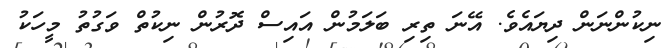
ނިކުންނަން ދިޔައެވެ. އޭނަ ތިރި ބަލަމުން އައިސް ދޮރުން ނިކުތް ވަގުތު މީހަކު